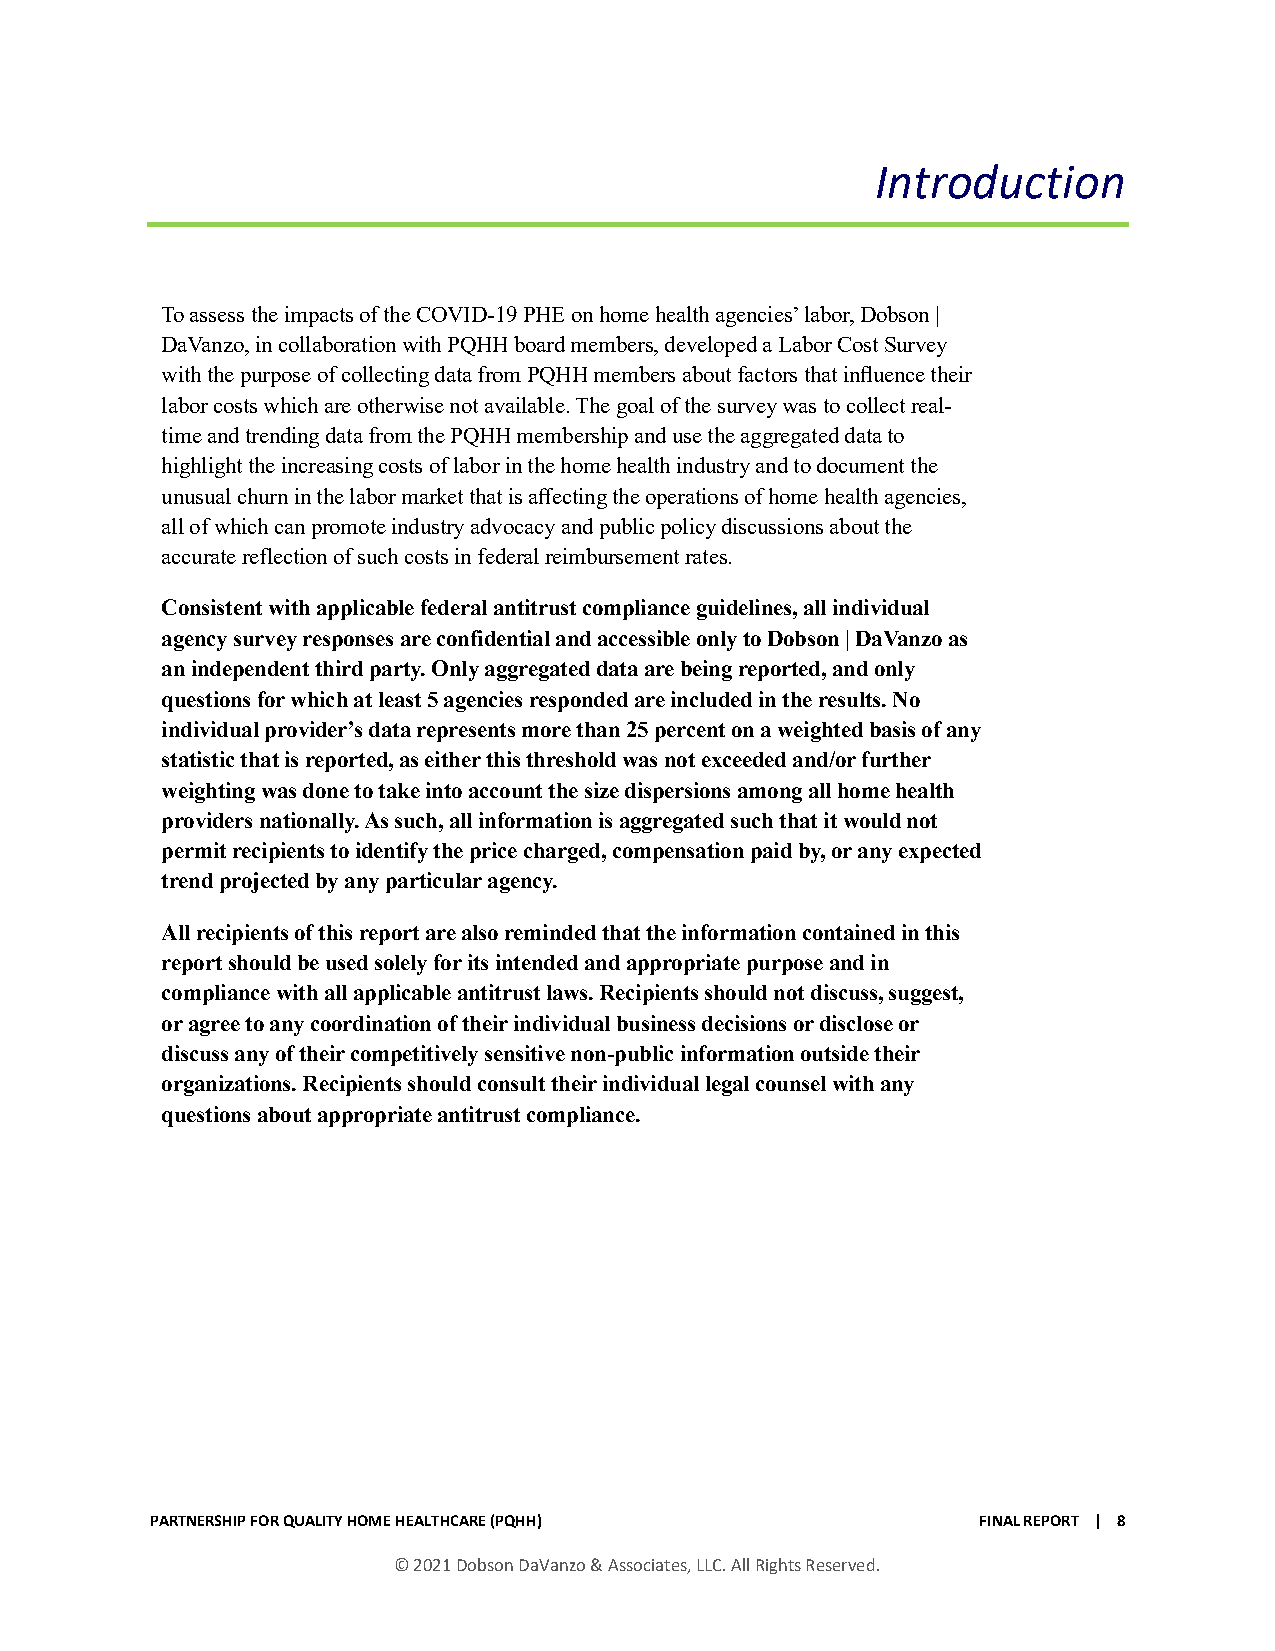
Introduction
 To assess the impacts of the COVID-19 PHE on home health agencies’ labor, Dobson |
 DaVanzo, in collaboration with PQHH board members, developed a Labor Cost Survey
 with the purpose of collecting data from PQHH members about factors that influence their
 labor costs which are otherwise not available. The goal of the survey was to collect real-
 time and trending data from the PQHH membership and use the aggregated data to
 highlight the increasing costs of labor in the home health industry and to document the
 unusual churn in the labor market that is affecting the operations of home health agencies,
 all of which can promote industry advocacy and public policy discussions about the
 accurate reflection of such costs in federal reimbursement rates.
 Consistent with applicable federal antitrust compliance guidelines, all individual
 agency survey responses are confidential and accessible only to Dobson | DaVanzo as
 an independent third party. Only aggregated data are being reported, and only
 questions for which at least 5 agencies responded are included in the results. No
 individual provider’s data represents more than 25 percent on a weighted basis of any
 statistic that is reported, as either this threshold was not exceeded and/or further
 weighting was done to take into account the size dispersions among all home health
 providers nationally. As such, all information is aggregated such that it would not
 permit recipients to identify the price charged, compensation paid by, or any expected
 trend projected by any particular agency.
 All recipients of this report are also reminded that the information contained in this
 report should be used solely for its intended and appropriate purpose and in
 compliance with all applicable antitrust laws. Recipients should not discuss, suggest,
 or agree to any coordination of their individual business decisions or disclose or
 discuss any of their competitively sensitive non-public information outside their
 organizations. Recipients should consult their individual legal counsel with any
 questions about appropriate antitrust compliance.
 PARTNERSHIP FOR QUALITY HOME HEALTHCARE (PQHH)         FINAL REPORT | 8
 © 2021 Dobson DaVanzo & Associates, LLC. All Rights Reserved.